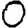
Digit: 0